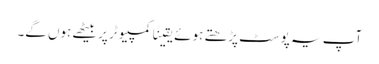
آپ یہ پوسٹ پڑھتے ہوئے یقینًا کمپیوٹر پر بیٹھے ہوں گے۔